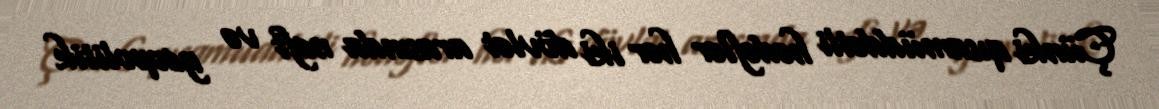
Çünki qısamüddətli hədəflər hər iki dövlət arasında neft və geopolitik